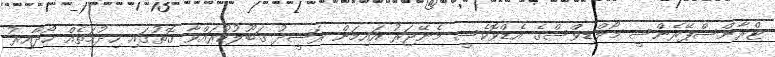
ޓްރާންސްޕޭރެންސީ މޯލްޑިވްސްގެ އެޑްވޮކެސީ މެނޭޖަރު އައިމަން ރަޝީދު ގަބޫލުކުރައްވާ ގޮތުގައި ހިދުމަތެއް ހޯދާއިރު